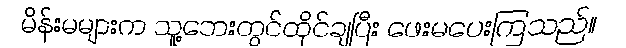
မိန်းမများက သူ့ဘေးတွင်ထိုင်ချပြီး ဖေးမပေးကြသည်။